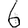
Digit: 6